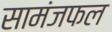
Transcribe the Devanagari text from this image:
सामंजफल